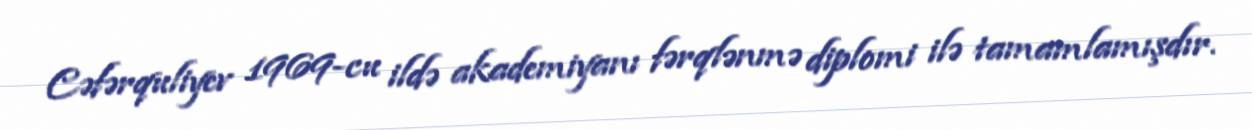
Cəfərquliyev 1969-cu ildə akademiyanı fərqlənmə diplomi ilə tamamlamışdır.